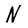
Character: N